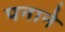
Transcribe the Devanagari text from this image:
पनाने